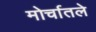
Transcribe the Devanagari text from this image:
मोर्चातले